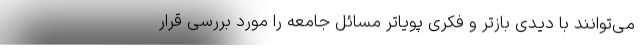
می‌توانند با دیدی بازتر و فکری پویاتر مسائل جامعه را مورد بررسی قرار